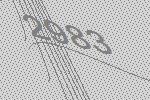
2983